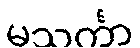
မသင်္ကာ